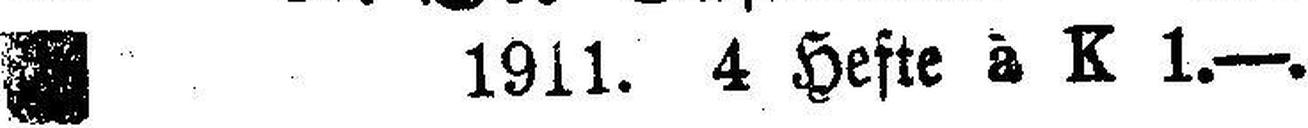
1911. 4 Hefte à K 1.—.